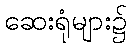
ဆေးရုံများ၌